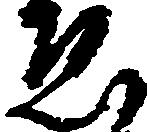
ゑ